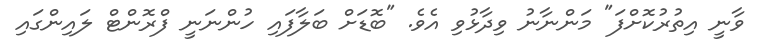
ވާނީ އިތުރުކޮށްފަ" މަންނާނު ވިދާޅުވި އެވެ. "ބޮޑަށް ބަލާފައި ހުންނަނީ ފްރޮންޓް ލައިންގައި